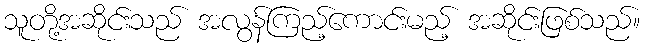
သူတို့အဆိုင်းသည် အလွန်ကြည့်ကောင်းမည့် အဆိုင်းဖြစ်သည်။